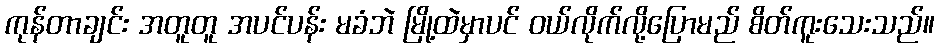
ကုန်တာချင်း အတူတူ အပင်ပန်း မခံဘဲ မြို့ထဲမှာပင် ဝယ်လိုက်လို့ပြောမည် စိတ်ကူးသေးသည်။